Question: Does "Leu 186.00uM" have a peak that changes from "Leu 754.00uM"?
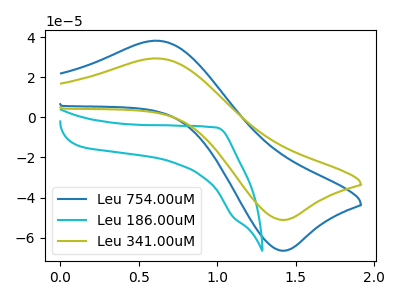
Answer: <think>The blue curve "Leu 754.00uM" has an anodic peak at (0.65V, 38.20uA) and a cathodic peak at (1.40V, -66.45uA). The cyan curve "Leu 186.00uM" has no peaks. The olive curve "Leu 341.00uM" has an anodic peak at (0.65V, 29.35uA) and a cathodic peak at (1.40V, -51.10uA).
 "Leu 186.00uM" and "Leu 754.00uM" have a different number of peaks.</think>
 <answer>Yes, "Leu 186.00uM" and "Leu 754.00uM" are different in shape.</answer>
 <eval>yes_change</eval>